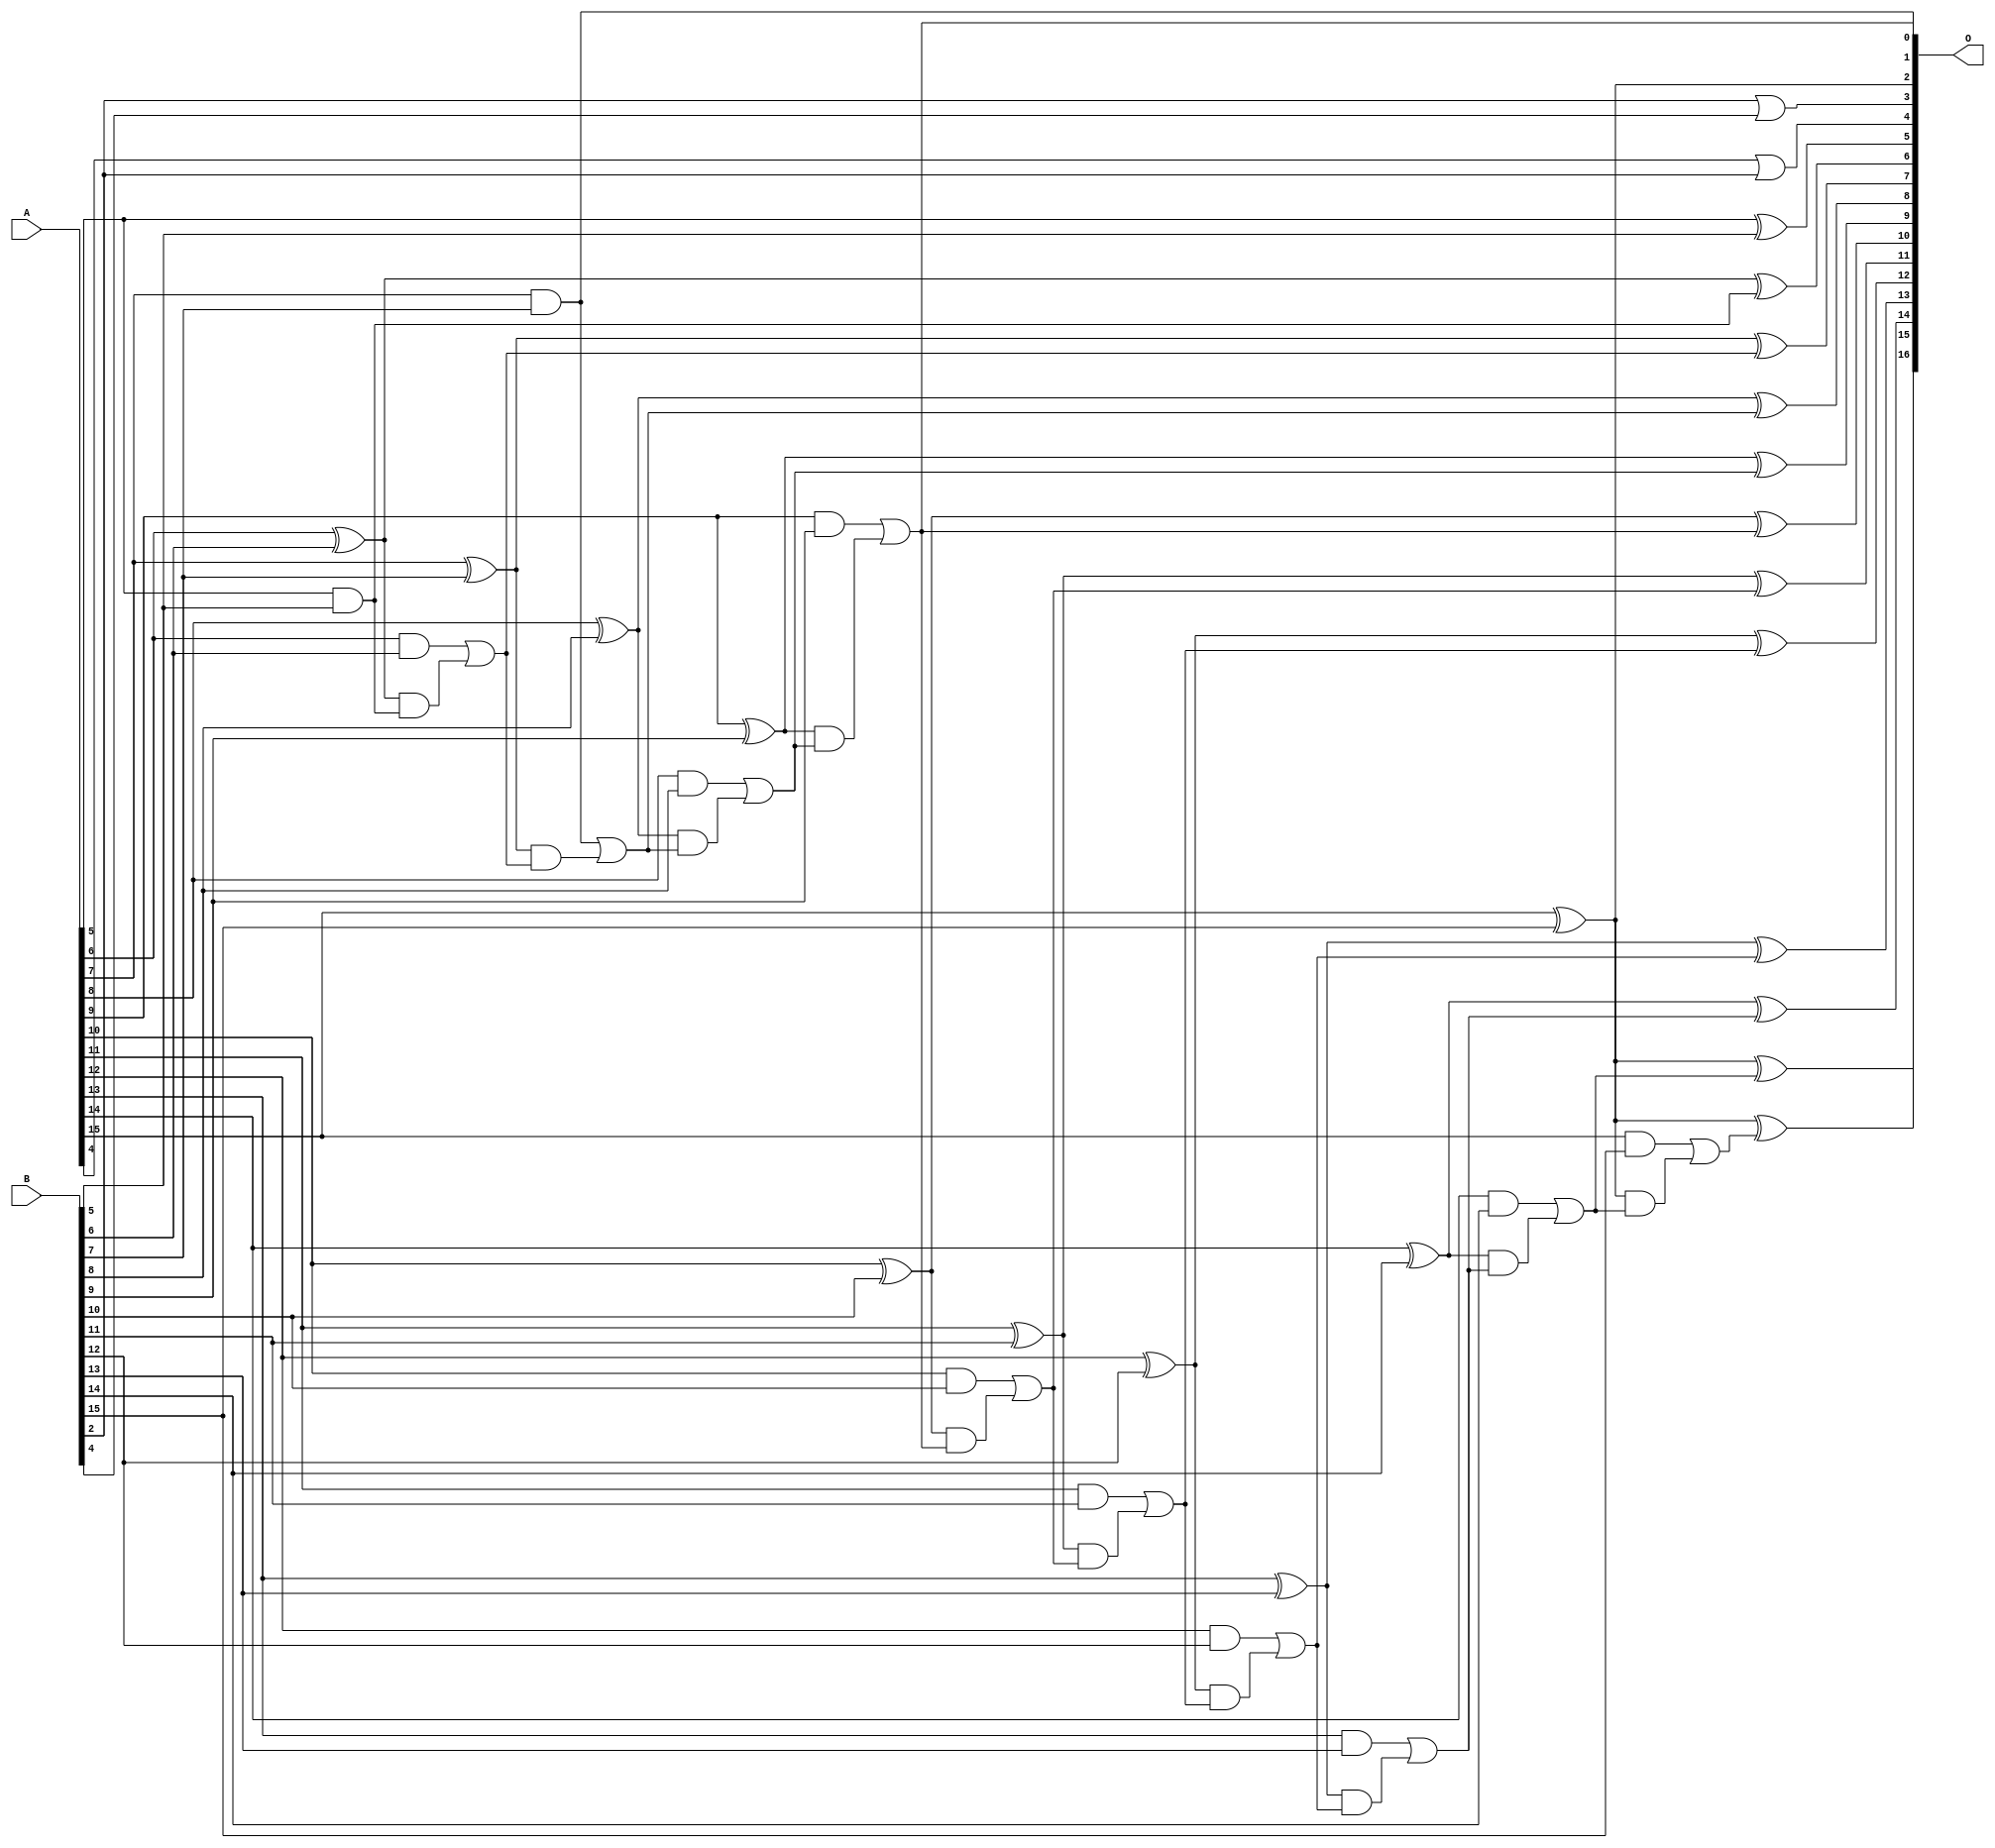
// This program was cloned from: https://github.com/ehw-fit/evoapproxlib
// License: MIT License

/***
* This code is a part of EvoApproxLib library (ehw.fit.vutbr.cz/approxlib) distributed under The MIT License.
* When used, please cite the following article(s): V. Mrazek, L. Sekanina, Z. Vasicek "Libraries of Approximate Circuits: Automated Design and Application in CNN Accelerators" IEEE Journal on Emerging and Selected Topics in Circuits and Systems, Vol 10, No 4, 2020 
* This file contains a circuit from a sub-set of pareto optimal circuits with respect to the pwr and mre parameters
***/
// MAE% = 0.02 %
// MAE = 13 
// WCE% = 0.058 %
// WCE = 38 
// WCRE% = 2100.00 %
// EP% = 98.15 %
// MRE% = 0.38 %
// MSE = 232 
// PDK45_PWR = 0.051 mW
// PDK45_AREA = 112.2 um2
// PDK45_DELAY = 0.84 ns

module add16se_25S (
    A,
    B,
    O
);

input [15:0] A;
input [15:0] B;
output [16:0] O;

wire sig_44,sig_47,sig_49,sig_52,sig_54,sig_55,sig_59,sig_60,sig_61,sig_62,sig_63,sig_64,sig_65,sig_66,sig_67,sig_68,sig_69,sig_70,sig_71,sig_72;
wire sig_73,sig_74,sig_75,sig_76,sig_77,sig_78,sig_79,sig_80,sig_81,sig_82,sig_83,sig_84,sig_85,sig_86,sig_87,sig_88,sig_89,sig_90,sig_91,sig_92;
wire sig_93,sig_94,sig_95,sig_96,sig_97,sig_98,sig_99,sig_100,sig_101,sig_102,sig_103,sig_104,sig_105,sig_106,sig_107,sig_108,sig_109,sig_110;

assign sig_44 = ~(B[2] | B[4]);
assign sig_47 = ~sig_44;
assign sig_49 = ~(A[4] | B[2]);
assign sig_52 = ~sig_49;
assign sig_54 = A[5] ^ B[5];
assign sig_55 = A[5] & B[5];
assign sig_59 = A[6] ^ B[6];
assign sig_60 = A[6] & B[6];
assign sig_61 = sig_59 & sig_55;
assign sig_62 = sig_59 ^ sig_55;
assign sig_63 = sig_60 | sig_61;
assign sig_64 = A[7] ^ B[7];
assign sig_65 = A[7] & B[7];
assign sig_66 = sig_64 & sig_63;
assign sig_67 = sig_64 ^ sig_63;
assign sig_68 = sig_65 | sig_66;
assign sig_69 = A[8] ^ B[8];
assign sig_70 = A[8] & B[8];
assign sig_71 = sig_69 & sig_68;
assign sig_72 = sig_69 ^ sig_68;
assign sig_73 = sig_70 | sig_71;
assign sig_74 = A[9] ^ B[9];
assign sig_75 = A[9] & B[9];
assign sig_76 = sig_74 & sig_73;
assign sig_77 = sig_74 ^ sig_73;
assign sig_78 = sig_75 | sig_76;
assign sig_79 = A[10] ^ B[10];
assign sig_80 = A[10] & B[10];
assign sig_81 = sig_79 & sig_78;
assign sig_82 = sig_79 ^ sig_78;
assign sig_83 = sig_80 | sig_81;
assign sig_84 = A[11] ^ B[11];
assign sig_85 = A[11] & B[11];
assign sig_86 = sig_84 & sig_83;
assign sig_87 = sig_84 ^ sig_83;
assign sig_88 = sig_85 | sig_86;
assign sig_89 = A[12] ^ B[12];
assign sig_90 = A[12] & B[12];
assign sig_91 = sig_89 & sig_88;
assign sig_92 = sig_89 ^ sig_88;
assign sig_93 = sig_90 | sig_91;
assign sig_94 = A[13] ^ B[13];
assign sig_95 = A[13] & B[13];
assign sig_96 = sig_94 & sig_93;
assign sig_97 = sig_94 ^ sig_93;
assign sig_98 = sig_95 | sig_96;
assign sig_99 = A[14] ^ B[14];
assign sig_100 = A[14] & B[14];
assign sig_101 = sig_99 & sig_98;
assign sig_102 = sig_99 ^ sig_98;
assign sig_103 = sig_100 | sig_101;
assign sig_104 = A[15] ^ B[15];
assign sig_105 = A[15] & B[15];
assign sig_106 = sig_104 & sig_103;
assign sig_107 = sig_104 ^ sig_103;
assign sig_108 = sig_105 | sig_106;
assign sig_109 = A[15] ^ B[15];
assign sig_110 = sig_109 ^ sig_108;

assign O[16] = sig_110;
assign O[15] = sig_107;
assign O[14] = sig_102;
assign O[13] = sig_97;
assign O[12] = sig_92;
assign O[11] = sig_87;
assign O[10] = sig_82;
assign O[9] = sig_77;
assign O[8] = sig_72;
assign O[7] = sig_67;
assign O[6] = sig_62;
assign O[5] = sig_54;
assign O[4] = sig_52;
assign O[3] = sig_47;
assign O[2] = sig_104;
assign O[1] = sig_65;
assign O[0] = sig_78;

endmodule